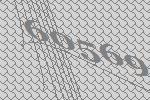
60569